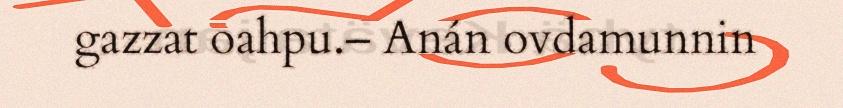
gazzat oahpu.– Anán ovdamunnin